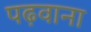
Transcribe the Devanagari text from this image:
पढ़वाना